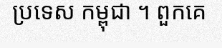
ប្រទេស កម្ពុជា ។ ពួកគេ